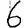
Digit: 6